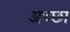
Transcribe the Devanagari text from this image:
अच्छा